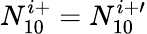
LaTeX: N_{10}^{i+}=N_{10}^{i+\prime}